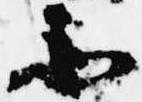
不